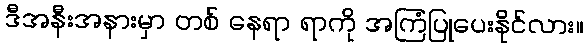
ဒီအနီးအနားမှာ တစ် နေရာ ရာကို အကြံပြုပေးနိုင်လား။